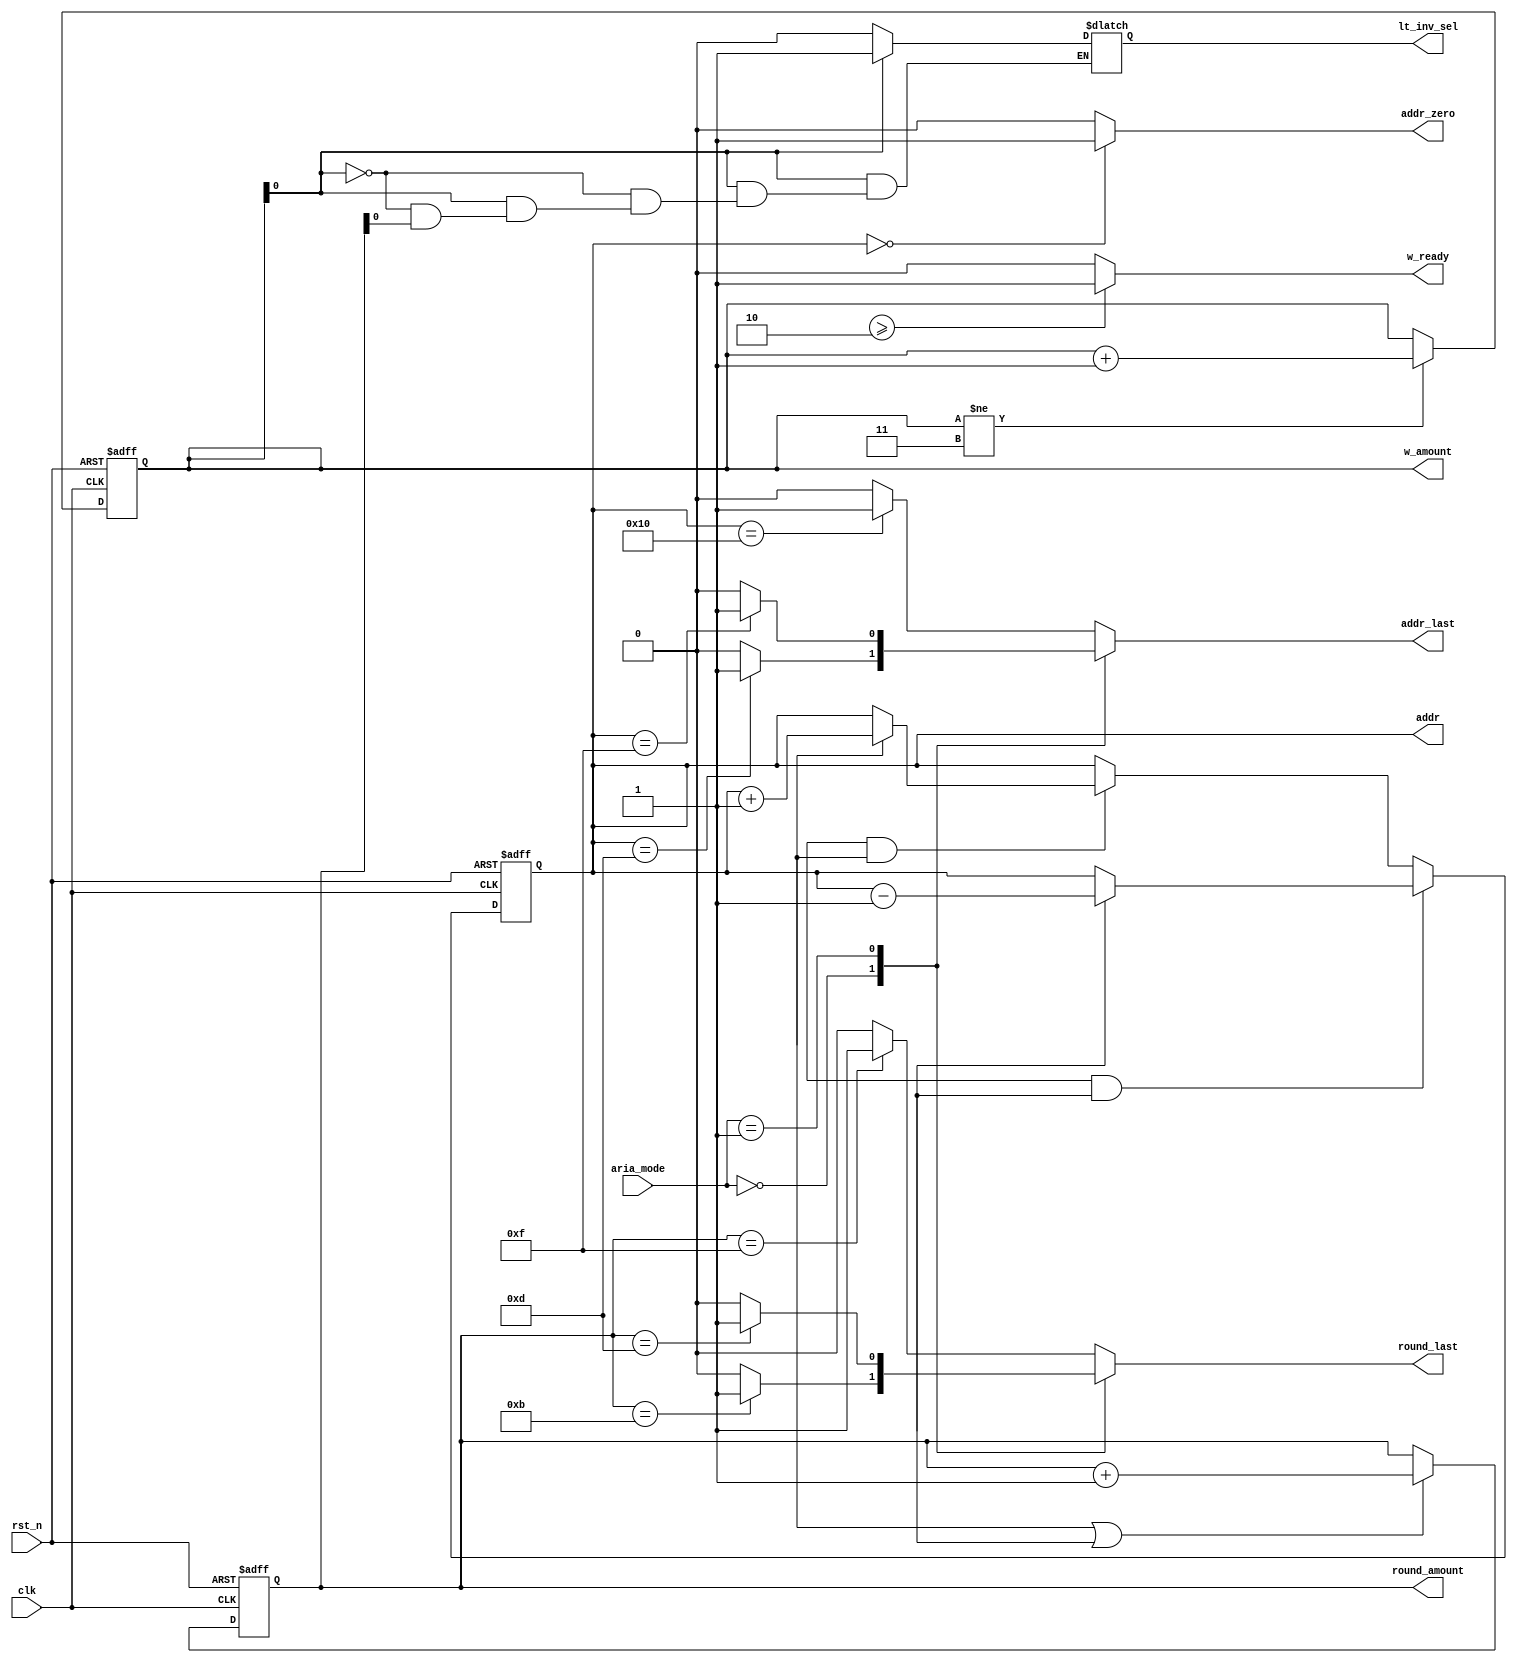
module aria_counter (/*AUTOARG*/
   // Outputs
   w_amount, lt_inv_sel, w_ready, addr_last, addr_zero, addr, round_amount,
   round_last,
   // Inputs
   clk, rst_n, aria_mode
   ) ;
   input clk;
   input rst_n;
   input [1:0] aria_mode;

   output [1:0] w_amount;
   output       lt_inv_sel;
   output       w_ready;
   output       addr_last;
   output       addr_zero;
   output [4:0] addr;
   output [3:0] round_amount;
   output       round_last;
   
   localparam ARIA_128 =2'b00;
   localparam ARIA_192 =2'b01;
   localparam ARIA_256 =2'b10;
   
   
   wire         addr_zero;
   wire         wr_en;
   wire         dec_round;
   wire         enc_round;
   wire         w_ready;

   reg         addr_last;
   reg   [1:0]  w_amount;
   reg          lt_inv_sel;
   reg   [4:0]  addr;

   always @ (posedge clk or negedge rst_n) begin
      if(!rst_n)
        w_amount <=2'd0;
      else if (w_amount!=3)
        w_amount <= w_amount +2'd1;
   end

   always @ (*) begin
      if(w_amount[0]==0)
        lt_inv_sel = 0;
      else if (w_amount[0]==1)
        lt_inv_sel =1;
      else if (round_amount[0]==0)
        lt_inv_sel = 0;
      else if (round_amount [0]==1)
        lv_inv_sel =1;
   end
   assign w_ready = (w_amount1>=2)? 1 : 0;
   

   always @(posedge clk or negedge rst_n) begin
      if(!rst_n)
        addr <= 5'd0;
      else if (wr_en & dec_round) begin
         case (aria_mode)
           ARIA_128 : addr <= 5'b01101;
           ARIA_192 : addr <= 5'b01111;
           default : addr <= 5'b10000;
         endcase // case (aria_mode)
         if(dec_round)
           addr <= addr-5'd1;
         else
           addr <= addr;
      end
      else if (wr_en & enc_round) begin
         addr <= 5'b00000;
         if(enc_round)
           addr <= addr+5'd1;
         else
           addr <= addr;
      end
      else
        addr <= addr;
   end // always @ (posedge clk or negedge rst_n)


assign addr_zero = (addr==5'd0)? 1 : 0;

   always @(*) begin
      addr_last =5'd0;
      case (aria_mode)
        ARIA_128 : begin
           if(addr==5'b01101) begin
              addr_last = 1;
           end
        end
        ARIA_192 : begin
           if(addr==5'b01111) begin
              addr_last = 1;
           end
        end
        default : begin
           if(addr==5'b10000) begin
              addr_last = 1;
           end
        end
      endcase
   end // always @ (*)

   always @ (posedge clk or negedge rst_n) begin
      if(!rst_n)
        round_amount <= 4'd0;
      else if (enc_round|dec_round)
        round_amount <=round_amount +1;
   end

  
   always @(*) begin
      round_last =5'd0;
      case (aria_mode)
        ARIA_128 : begin
           if(round_amount==5'b01011) begin
              round_last = 1;
           end
        end
        ARIA_192 : begin
           if(round_amount==5'b01101) begin
              round_last = 1;
           end
        end
        default : begin
           if(round_amount==5'b01111) begin
              round_last = 1;
           end
        end
      endcase
   end // always @ (*)
endmodule